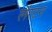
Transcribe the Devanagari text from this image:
लॅरटन